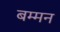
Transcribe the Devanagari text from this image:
बम्मन